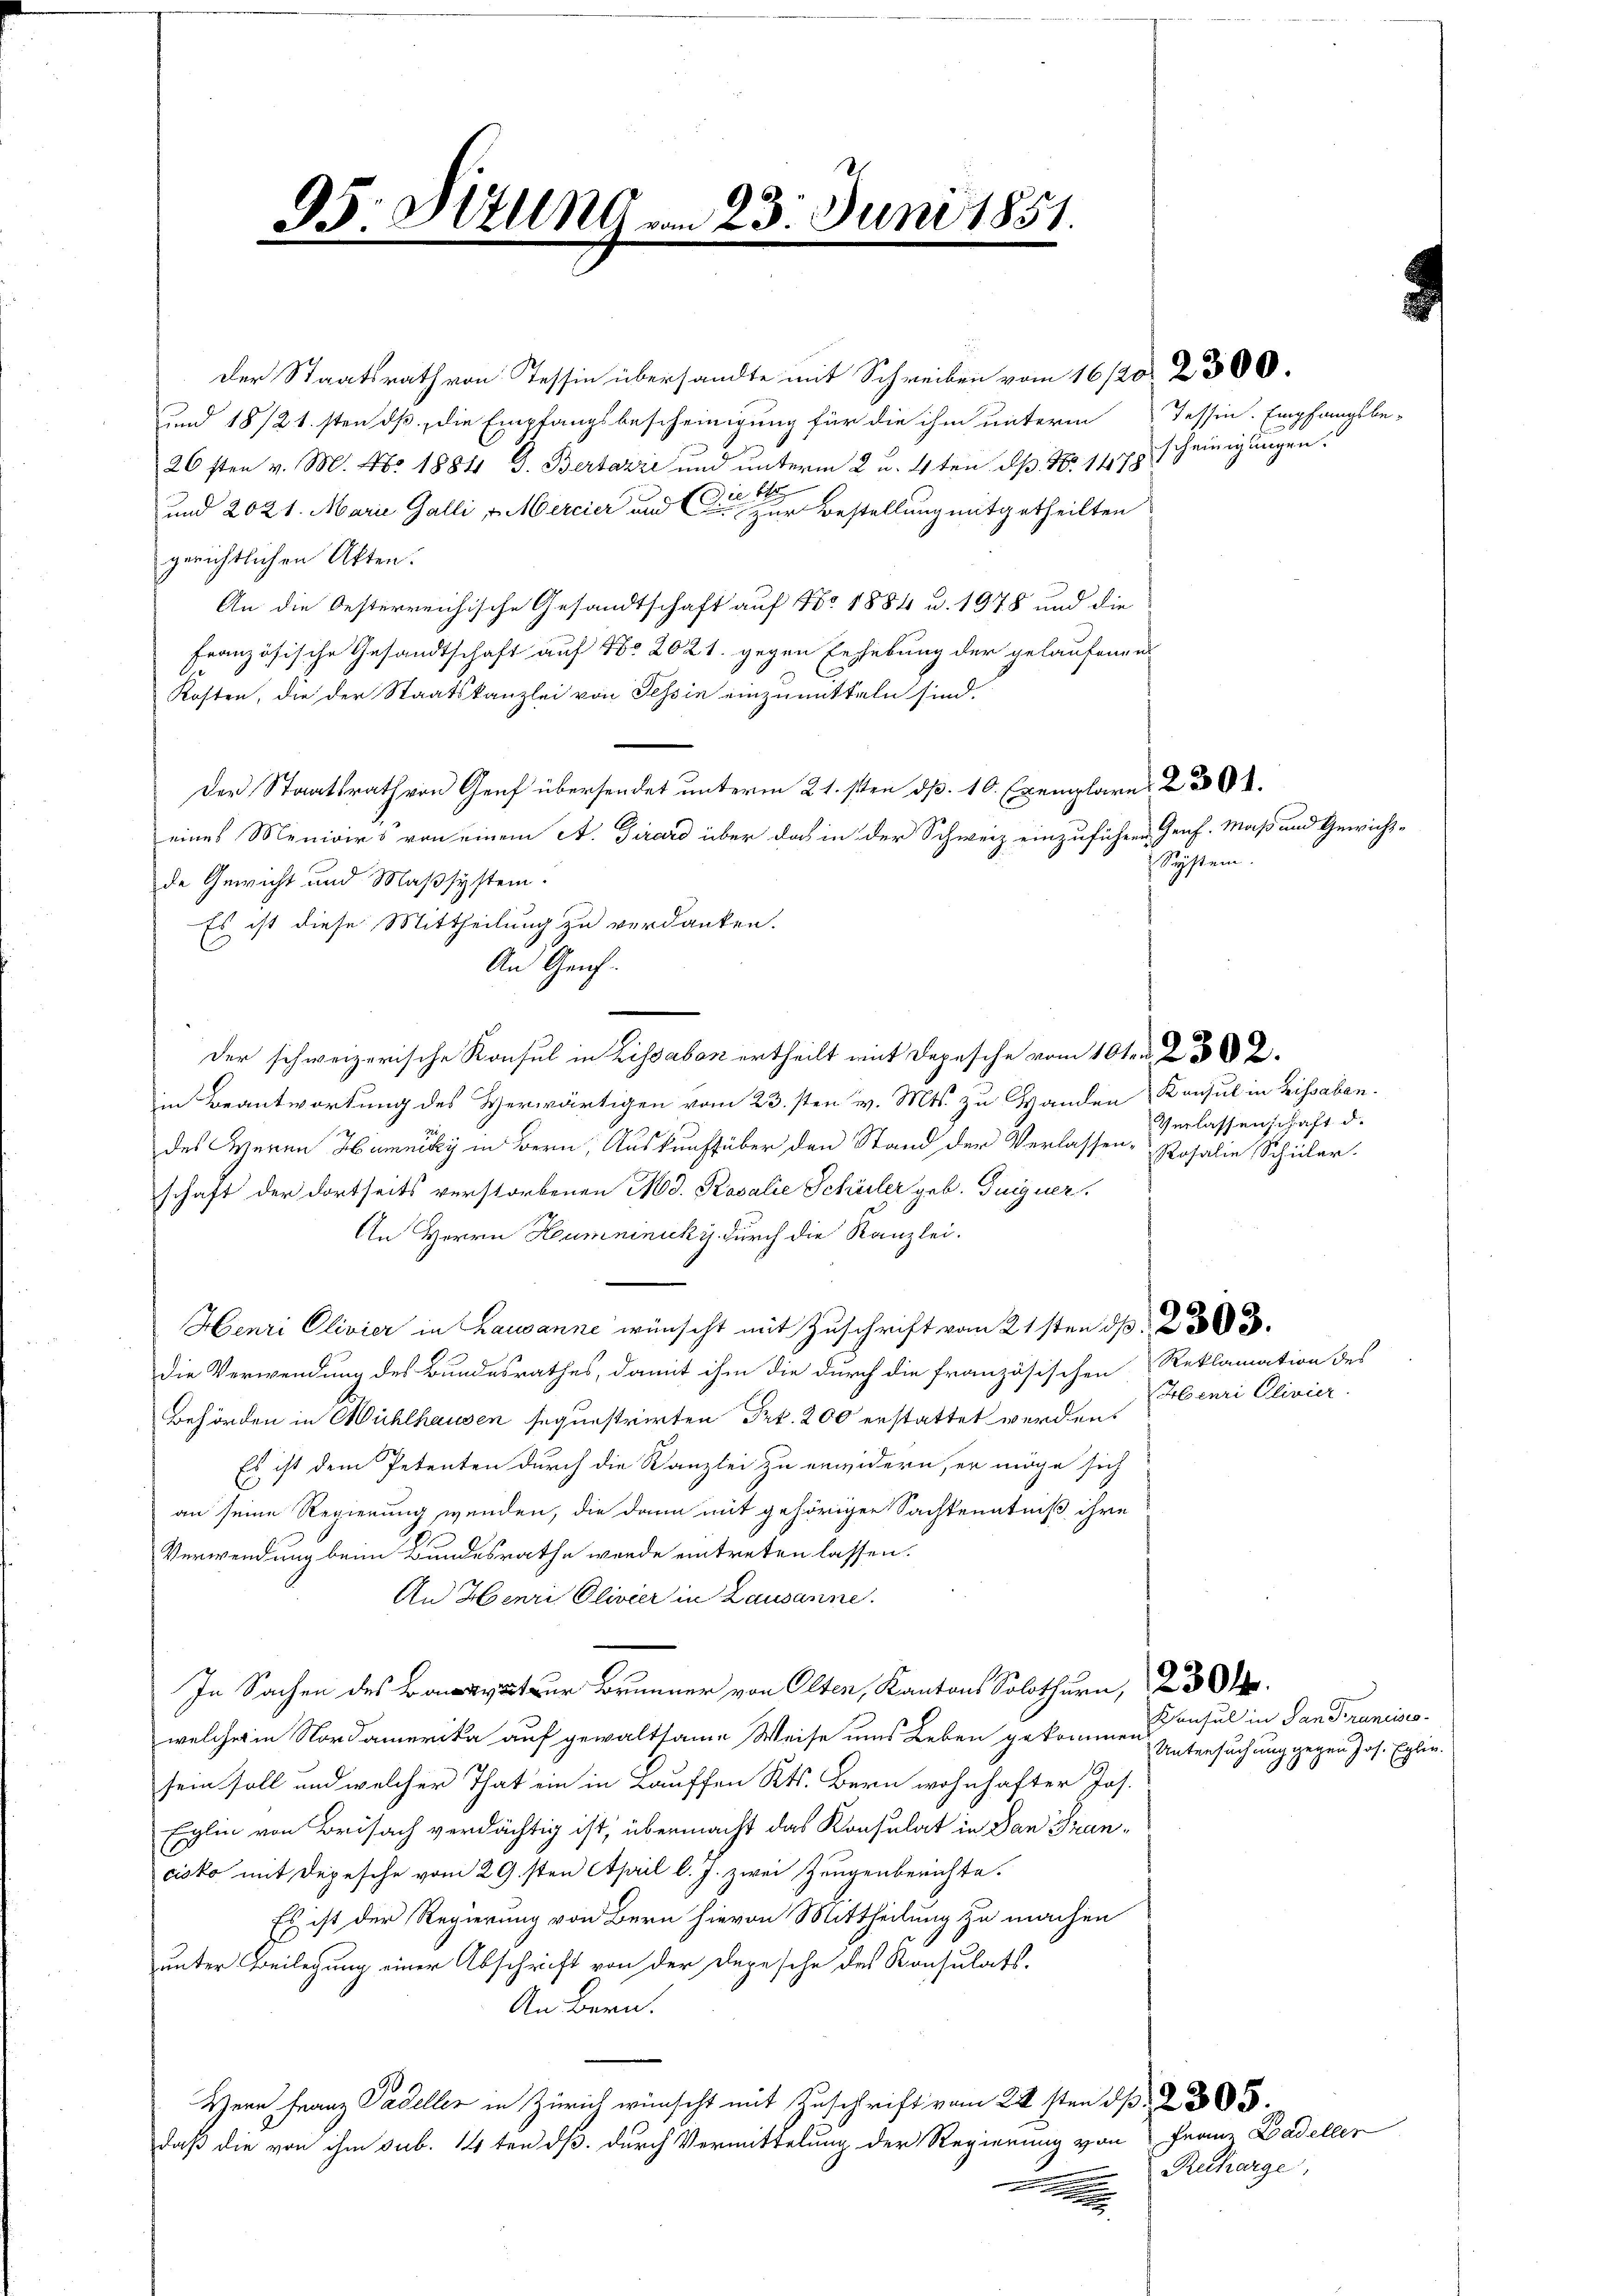
95. Situng

9
an 28. Juni 1851.

der Staatsrath von Tessin übersandte mit Schreiben vom 16/20. 2300.
und 18/21.sten dß die Empfangsbescheinigung für die ihm unterm Tessin. Empfangsbe-
26sten v. M. No. 1884 D. Bertazić und unterm 2 u. 4ten pp. Nr. 1478 scheinigungen.
die He
und 2021. Marie Galli, Mercier und zur Bestellung mitgetheilten
gerichtlichen Akten.
An die Oesterreichische Gesandtschaft auf No 1884 u. 1978 und die
Französische Gesandtschaft auf No 2021. gegen Erhebung der gelaufenen
Kosten, die der Staatskanzlei von Tessin einzumitteln sind.
Der Staatsrath von Genf übersendet unterm 21.sten d. 10. Exemplare 256.
eines Menioirs von einem A. Girard über das in der Schweiz einzuführen Genf. Maß und Gewicht-
de Gewicht und Maßsystem.
Es ist diese Mittheilung zu verdanken.
An Genf.
der schweizerische Konsul in Lissabon ertheilt mit Depesche vom 10ten 22.
in Beantwortung des Verwärtigen vom 23. sten v. Mts. zu Wanden Konsul in Lissaben.
des Herrn Hamncky in Bern, Auskunffüber den Stand der Verlassen, Rosalie Schüler.
schaft der dortseits verstorbenen Mod. Rosalie Schüler geb. Guiguer,
An Herrn Humminiki durch die Kanzlei.
Henri Clivier in Lausanne wünscht mit Zuschrift vom 21sten d. 203.
die Verwendung des Bundesrathes, damit ihm die durch die französischen Reklamation des
Behörden in Wühlhausen sequestrirten Frk. 200 erstattet werden.
Es ist dem Petenten durch die Kanzlei zu erwidern, er möge sich
an seine Regierung wenden, die dann mit gehöriger Sachkenntniß ihre
Verwendung beim Bundesrathe werde eintreten lassen.
An Henri Olivier in Lausanne.
In Sachen des zur Brunner von Olten, Kantons Solothurn, 238.
welcher in Nordamerika auf gewaltsame Weise ums Leben gekommen
sein soll und welcher That ein in Lauffen Kts. Bern wohnhafter Jos.
Eglin von Beisach verdächtig ist, übermacht das Konsulat in Dan Tran¬
G
cisko mit Depesche vom 29sten April l. J. zwei Zeugenberichte.
Es ist der Regierung von Bern hievon Mittheilung zu machen
unter Beilegung einer Abschrift von der Depesche des Konsulats.
An Bern.
Herr Franz Padeller in Zürich wünscht mit Zuschrift vom 24sten d
daß die von ihm sub. 14ten dß durch Vermittelung der Regierung von Franz Badeller

Seystem.

Recharge,

Verlassenschaft d.

benri Clivier

Konsul in San Francisco
Untersuchung gegen Jos. Eglin-